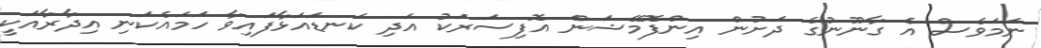
ނަމަވެސް އެ ގާނޫނުގެ ދަށުން އިންފޮމޭޝަން އޮފިސަރަކު އަދި ކަނޑައަޅާފައިވާ ހަމައެކަނި އިދާރާއަކީ